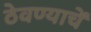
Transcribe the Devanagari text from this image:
ठेवण्याचें